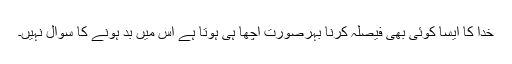
خدا کا ایسا کوئی بھی فیصلہ کرنا بہرصورت اچھا ہی ہوتا ہے اس میں بد ہونے کا سوال نہیں۔